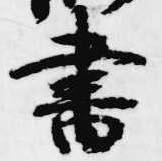
書